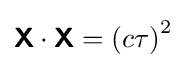
{\boldsymbol {\mathsf {X}}}\cdot {\boldsymbol {\mathsf {X}}}=\left(c\tau \right)^{2}\,\!